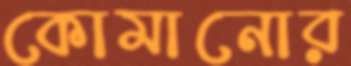
কোমানোর